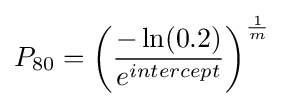
P_{\rm {80}}=\left({\frac {-\ln(0.2)}{e^{intercept}}}\right)^{\frac {1}{m}}